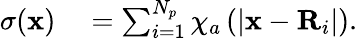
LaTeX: \begin{array}{rl}{\sigma(\mathbf{x})}&{{}=\sum_{i=1}^{N_{p}}\chi_{a}\left(\lvert\mathbf{x}-\mathbf{R}_{i}\rvert\right).}\end{array}